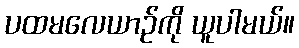
ပထမလေယာဉ်ကို ယူပါမယ်။